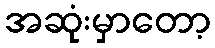
အဆုံးမှာတော့